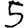
Digit: 5